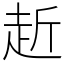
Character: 赾